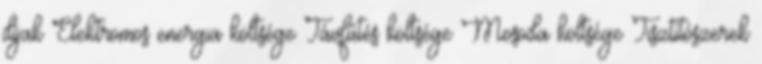
díjak Elektromos energia költsége Távfűtés költsége Mosoda költsége Tisztítószerek